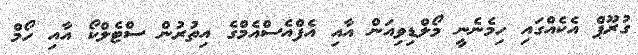
ގުރޫޕް އެކެއްގައި ހިމެނެނީ މޯލްޑިވިއަން އާއި އެފްއެސްއެމްގެ އިތުރުން ސްޓެލްކޯ އާއި ހޯމް